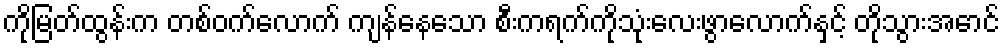
ကိုမြတ်ထွန်းက တစ်ဝက်လောက် ကျန်နေသော စီးကရက်ကိုသုံးလေးဖွာလောက်နှင့် တိုသွားအောင်